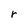
Character: r